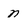
Character: n